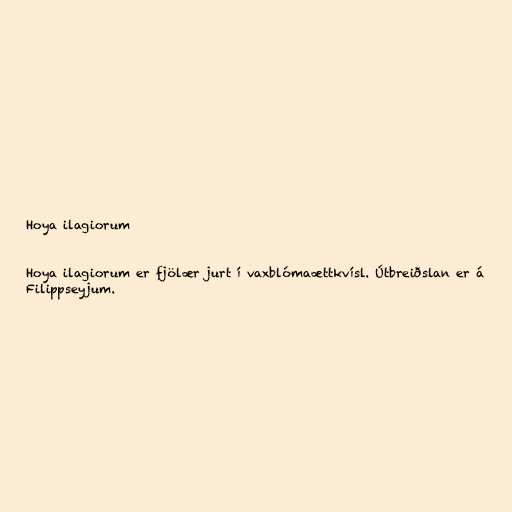
Hoya ilagiorum

Hoya ilagiorum er fjölær jurt í vaxblómaættkvísl. Útbreiðslan er á
Filippseyjum.